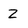
Character: z